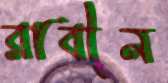
রাবীন